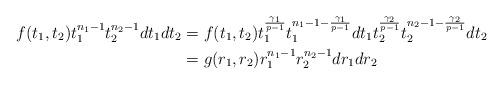
LaTeX: \begin{align*}{f(t_{1},t_{2})t_{1}^{n_{1}-1}t_{2}^{n_{2}-1}dt_{1}dt_{2}&=f(t_{1},t_{2})t_{1}^{\frac{\gamma_{1}}{p-1}}t_{1}^{n_{1}-1-\frac{\gamma_{1}}{p-1}}dt_{1}t_{2}^{\frac{\gamma_{2}}{p-1}}t_{2}^{n_{2}-1-\frac{\gamma_{2}}{p-1}}dt_{2}\\&=g(r_{1},r_{2})r_{1}^{n_{1}-1}r_{2}^{n_{2}-1}dr_{1}dr_{2}}\end{align*}